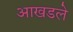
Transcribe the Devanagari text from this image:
आखडले